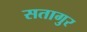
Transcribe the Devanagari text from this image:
सतागुर